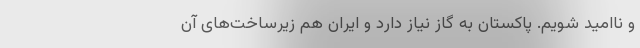
و ناامید شویم. پاکستان به گاز نیاز دارد و ایران هم زیرساخت‌های آن